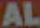
AL